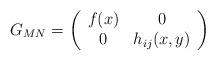
LaTeX: \begin{align*}G_{MN}=\left( \begin{array}{cc}f(x)& 0 \\ 0& h_{ij}(x,y)\end{array}\right)\end{align*}